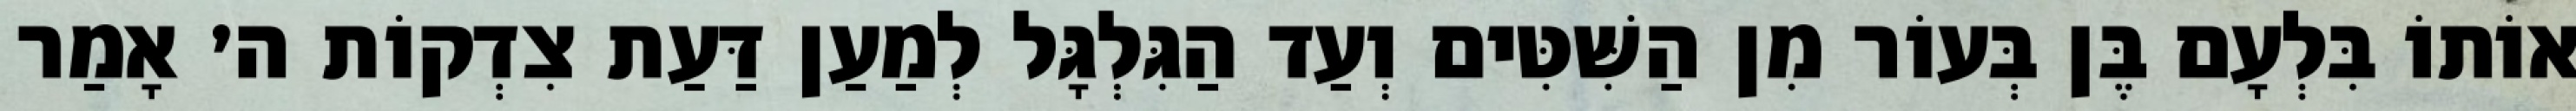
אוֹתוֹ בִּלְעָם בֶּן בְּעוֹר מִן הַשִּׁטִּים וְעַד הַגִּלְגָּל לְמַעַן דַּעַת צִדְקוֹת ה׳ אָמַר